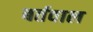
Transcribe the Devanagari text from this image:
बर्तवाल